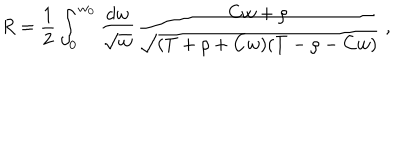
R = \frac { 1 } { 2 } \int _ { 0 } ^ { w _ { 0 } } \frac { d w } { \sqrt { w } } \frac { C w + \rho } { \sqrt { ( T + \rho + C w ) ( T - \rho - C w ) } } \ ,